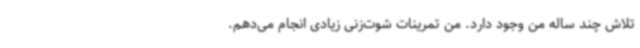
تلاش چند ساله من وجود دارد. من تمرینات شوت‌زنی زیادی انجام می‌دهم.